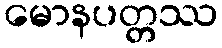
မောနပတ္တဿ